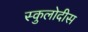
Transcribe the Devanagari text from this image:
स्कुलोदीस